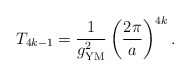
\begin{align*}T_{4k-1}= {1\over g^2_{\mathrm{YM}}}\left( {2\pi\over a} \right)^{4k}.\end{align*}